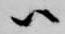
ハ